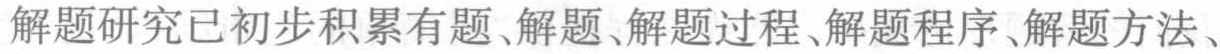
解题研究已初步积累有题、解题、解题过程、解题程序、解题方法、